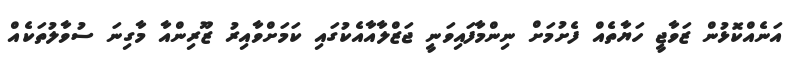
އަނެއްކޮޅުން ޒަވާޖީ ހަޔާތެއް ފެށުމަށް ނިންމާފައިވަނީ ޖަޒްލާއާއެކުގައި ކަމަށްވާއިރު ޒޫރިންއާ މާގިނަ ސުވާލުތަކެއް